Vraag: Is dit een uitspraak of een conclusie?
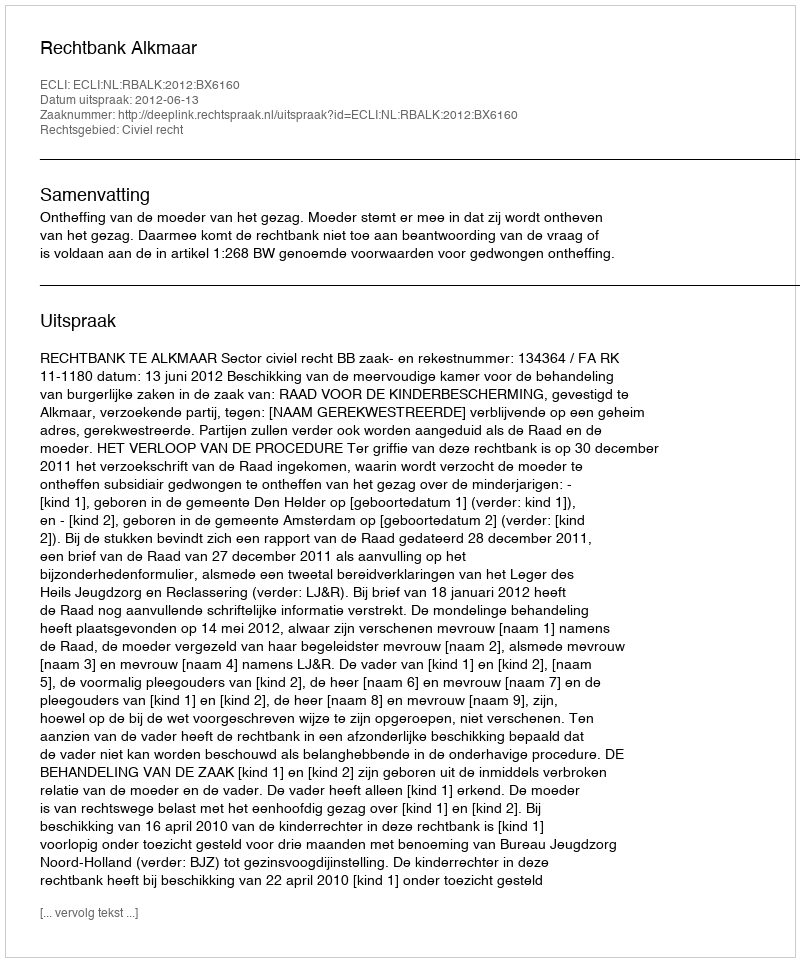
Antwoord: Uitspraak